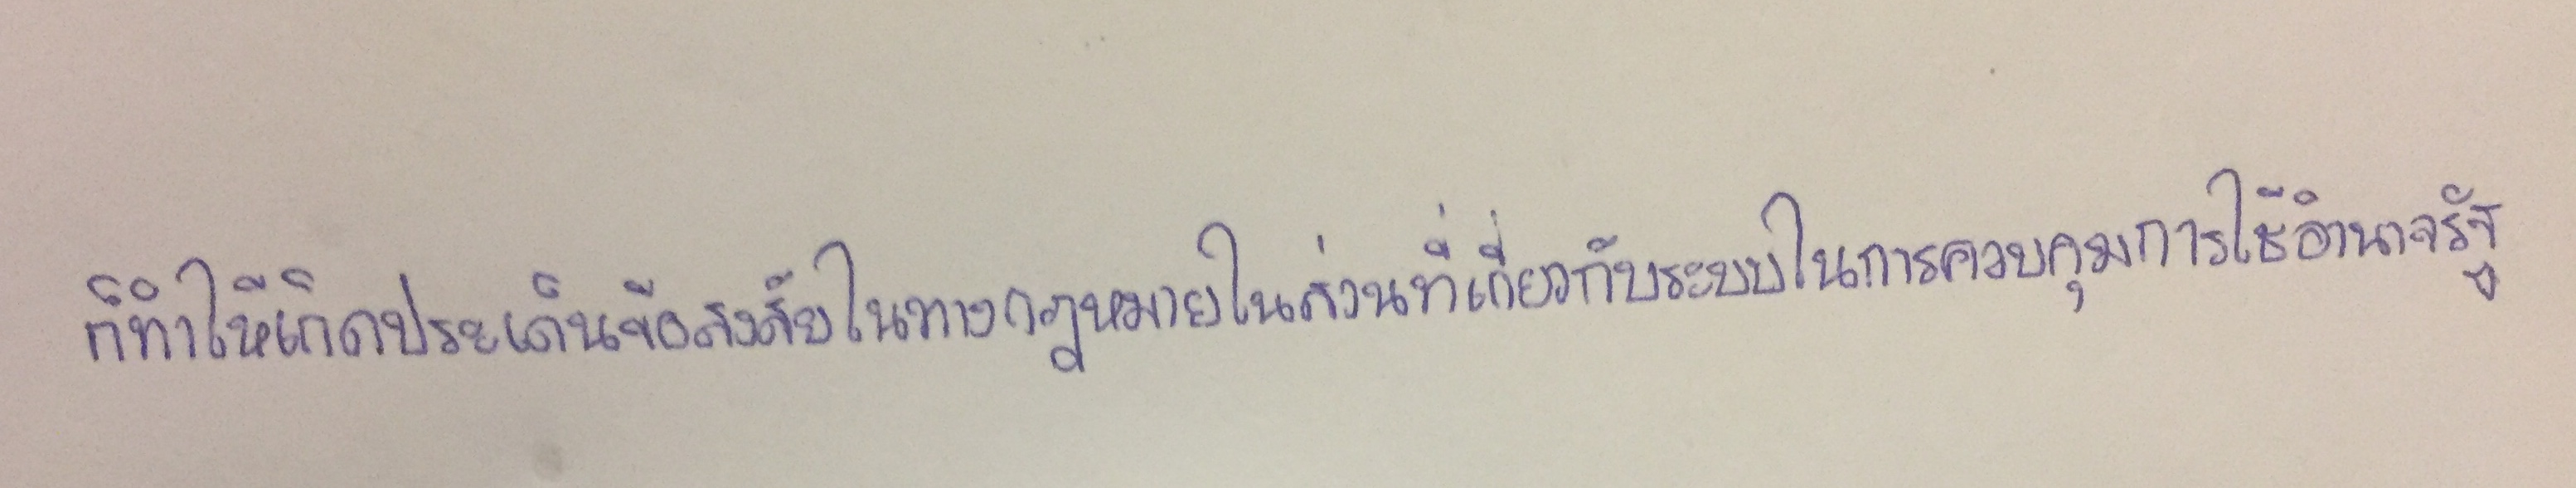
ก็ทำให้เกิดประเด็นข้อสงสัยในทางกฎหมายในส่วนที่เกี่ยวกับระบบในการควบคุมการใช้อำนาจรัฐ